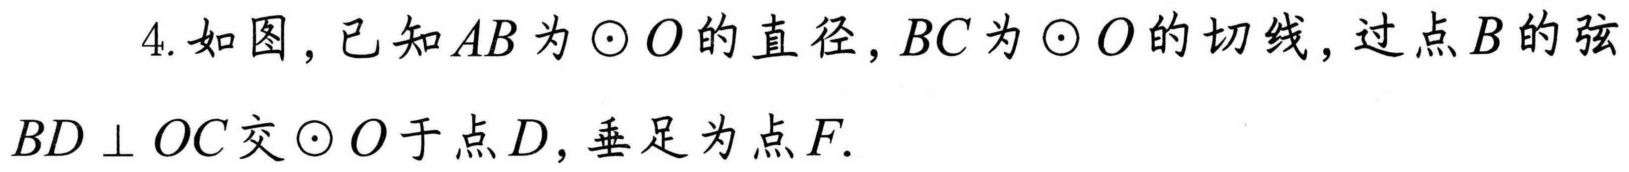
4. 如图，已知 \(AB\) 为 \(\odot O\) 的直径，\(BC\) 为 \(\odot O\) 的切线，过点 \(B\) 的弦
\(BD\perp OC\) 交 \(\odot O\) 于点 \(D\)，垂足为点 \(F\).